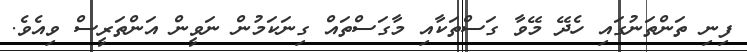
ފިނި ތަންތަނުގައި ހެދޭ މޭވާ ގަސްތަކާއި މާގަސްތައް ގިނަކަމުން ނަވީން އަންތަރީސް ވިއެވެ.